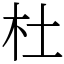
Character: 杜